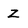
Character: z